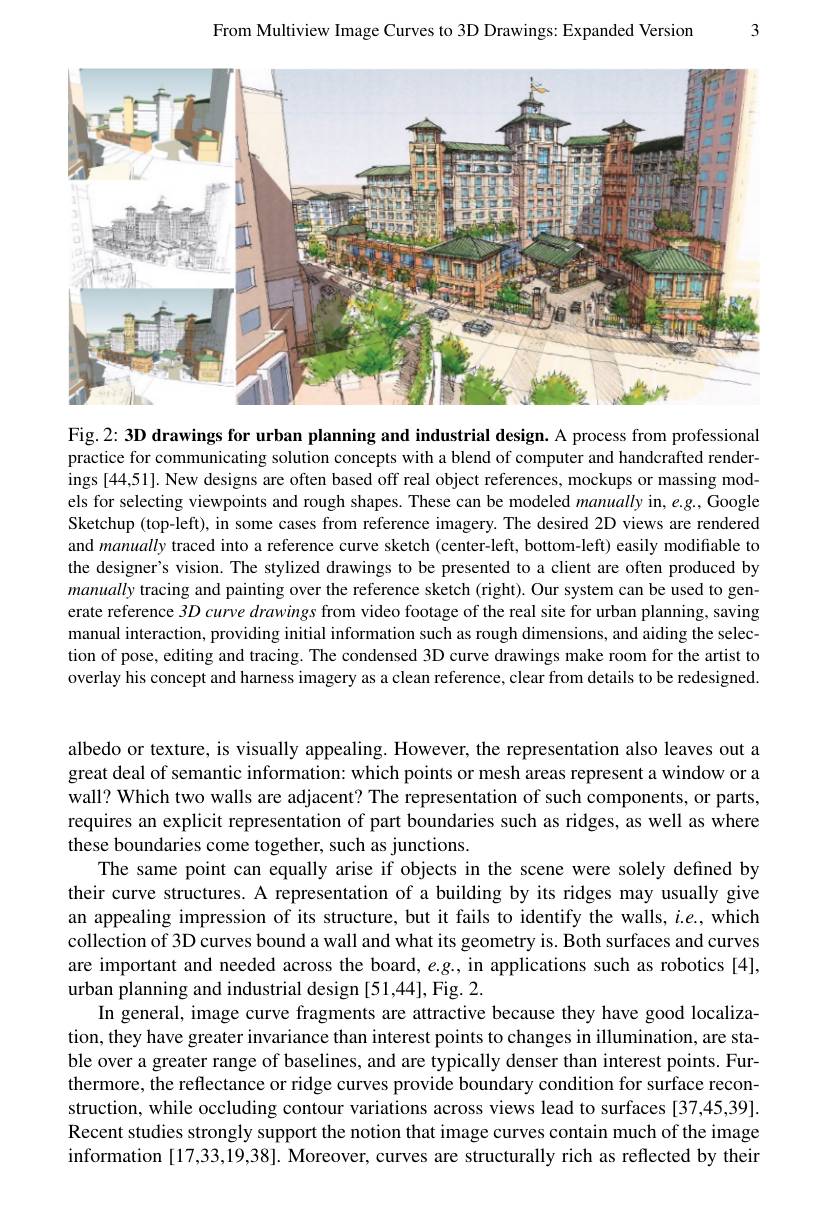
3

From Multiview Image Curves to 3D Drawings: Expanded Version

<FigureHere>

Fig.2: 3D drawings for urban planning and industrial design. A process from professional practice for communicating solution concepts with a blend of computer and handcrafted renderings [44,51]. New designs are often based off real object references, mockups or massing models for selecting viewpoints and rough shapes. These can be modeled manually in, e.g., Google Sketchup (top-left), in some cases from reference imagery. The desired 2D views are rendered and manually traced into a reference curve sketch (center-left, bottom-left) easily modifiable to the designer's vision. The stylized drawings to be presented to a client are often produced by manually tracing and painting over the reference sketch (right). Our system can be used to generate reference 3D curve drawings from video footage of the real site for urban planning, saving manual interaction, providing initial information such as rough dimensions, and aiding the selection of pose, editing and tracing. The condensed 3D curve drawings make room for the artist to overlay his concept and harness imagery as a clean reference, clear from details to be redesigned.

albedo or texture, is visually appealing. However, the representation also leaves out a great deal of semantic information: which points or mesh areas represent a window or a wall? Which two walls are adjacent? The representation of such components, or parts, requires an explicit representation of part boundaries such as ridges, as well as where these boundaries come together, such as junctions.
The same point can equally arise if objects in the scene were solely defined by their curve structures. A representation of a building by its ridges may usually give an appealing impression of its structure, but it fails to identify the walls, $i.e.$, which collection of 3D curves bound a wall and what its geometry is. Both surfaces and curves are important and needed across the board, e.g., in applications such as robotics[4], urban planning and industrial design [51,44], Fig. 2.
In general, image curve fragments are attractive because they have good localization, they have greater invariance than interest points to changes in illumination, are stable over a greater range of baselines, and are typically denser than interest points. Furthermore, the reflectance or ridge curves provide boundary condition for surface reconstruction, while occluding contour variations across views lead to surfaces [37,45,39]. Recent studies strongly support the notion that image curves contain much of the image information [17,33,19,38]. Moreover, curves are structurally rich as reflected by their